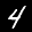
Label: 4